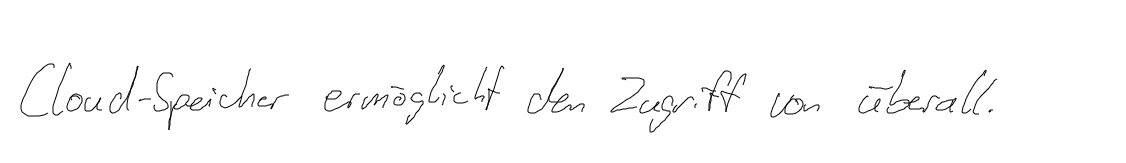
Cloud-Speicher ermöglicht den Zugriff von überall.